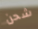
شحن